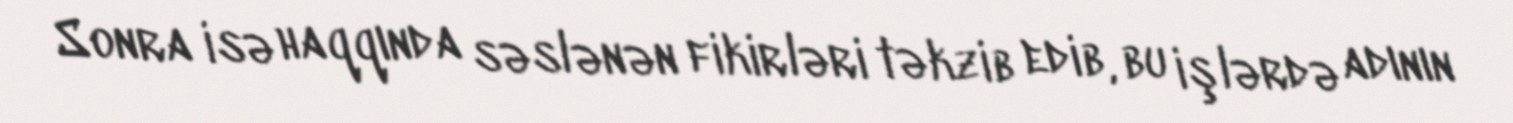
Sonra isə haqqında səslənən fikirləri təkzib edib, bu işlərdə adının